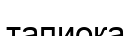
тапиока